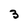
Character: 3